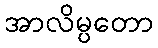
အာလိမ္ပတော